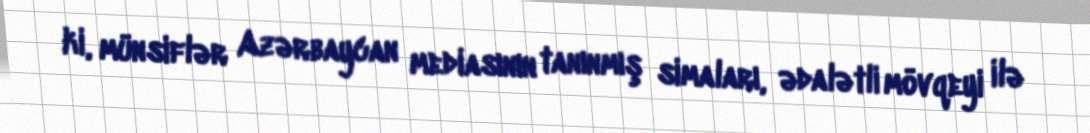
ki, münsiflər Azərbaycan mediasının tanınmış simaları, ədalətli mövqeyi ilə